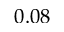
0 . 0 8